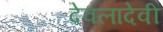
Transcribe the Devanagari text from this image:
देवलादेवी